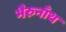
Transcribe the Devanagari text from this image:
भैरुनाँथ